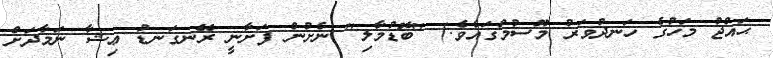
ޙައްޖު މަހުގެ ހަނދުވަރު މޫސުމުގައެވެ.) "ބޮޑުމާލި" ނެށުން ފަށާނީ ރޭނގަނޑު ޢިޝާ ނަމާދަށް